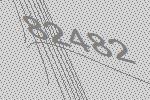
82482